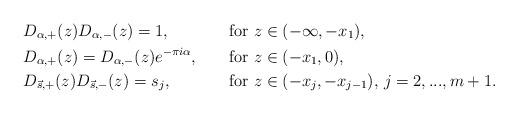
LaTeX: \begin{align*}& D_{\alpha,+}(z)D_{\alpha,-}(z) = 1, & & \mbox{for } z \in (-\infty,-x_{1}), \\& D_{\alpha,+}(z) = D_{\alpha,-}(z)e^{-\pi i \alpha}, & & \mbox{for } z \in (-x_{1},0),\\& D_{\vec{s},+}(z)D_{\vec{s},-}(z) = s_{j}, & & \mbox{for } z \in (-x_{j},-x_{j-1}), \, j = 2,...,m+1.\end{align*}